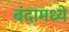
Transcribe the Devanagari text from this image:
बंदामध्ये